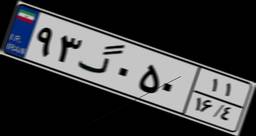
۸۴گ۹۷۶۶۲